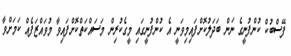
ފޭސްބުކް ކުންފުނީގެ ނަން ބަދަލުކޮށްފައިމިވަނީ އެ ކުންފުނީގައި މީގެކުރިން މަސައްކަތްކޮށްފައިވާ މުވައްޒަފެއް ކަމަށްވާ